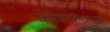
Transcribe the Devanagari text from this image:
बेलवरकरांच्या